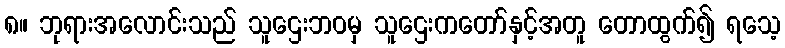
၈။ ဘုရားအလောင်းသည် သူဌေးဘဝမှ သူဌေးကတော်နှင့်အတူ တောထွက်၍ ရသေ့